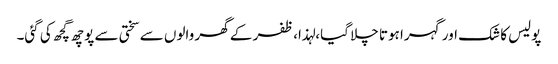
پولیس کا شک اور گہرا ہوتا چلا گیا،لہذا، ظفر کے گھر والوں سے سختی سے پوچھ گچھ کی گئی۔